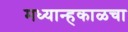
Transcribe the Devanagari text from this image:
मध्यान्हकाळचा